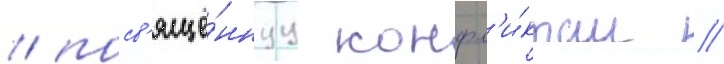
/ посв'ящё́ннуу конфл'и́ктам /